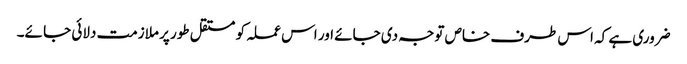
ضروری ہے کہ اس طرف خاص توجہ دی جائے اور اس عملہ کو مستقل طور پر ملازمت دلائی جا ئے۔